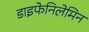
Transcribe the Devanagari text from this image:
डाइफेनिलेमिन